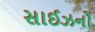
સાઈઝનો